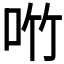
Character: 𪠿